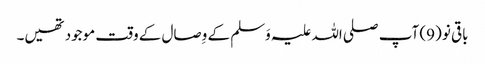
باقی نو (9) آپ صلی اللہ علیہ وَسلم کے وِصال کے وقت موجود تھیں۔